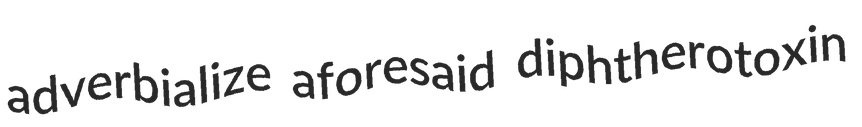
adverbialize aforesaid diphtherotoxin